Cholera in southern India
Disease focus: Cholera
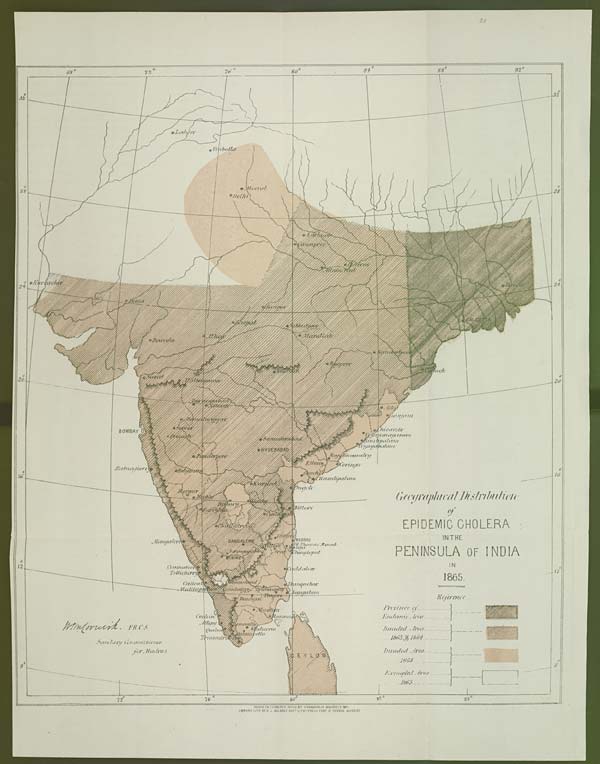
DRAWN ON TRANSFER PAPER BY V. VARDARA MOODELY. 1871.
CROMO LITH: BY R. J. BALDREY GOVT. LITHO: PRESS FORT ST. GEORGE MADRAS.